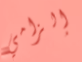
إلزامي